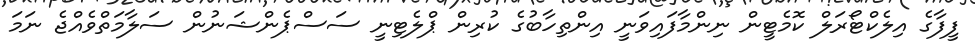
ފީފާގެ އިލެކްޓޯރަލް ކޮމެޓީން ނިންމާފައިވަނީ އިންތިހާބުގެ ކުރިން ޕްލެޓިނީ ސަސްޕެންޝަނުން ސަލާމަތްވެއްޖެ ނަަމަ